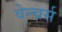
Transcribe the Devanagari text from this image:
वेन्चर्स